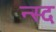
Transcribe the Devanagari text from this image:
न्स्द